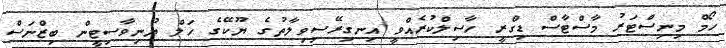
ހޯމް މިނިސްޓަރު މާސްޓާސް ޑިގްރީ ހާސިލްކުރެއްވީ އިނގިރޭސިވިލާތުގެ ޔޫކޭގެ ހަލް ޔުނިވާސިޓީން ބިޒްނަސް